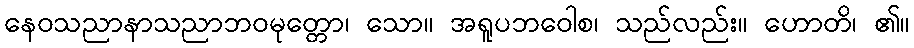
နေဝသညာနာသညာဘဝမုတ္တော၊ သော။ အရူပဘဝေါစ၊ သည်လည်း။ ဟောတိ၊ ၏။